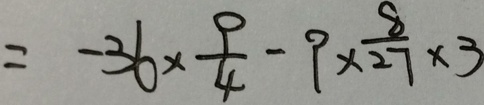
= - 3 6 \times \frac { 9 } { 4 } - 9 \times \frac { 8 } { 2 7 } \times 3